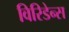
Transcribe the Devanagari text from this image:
विरिडेन्स